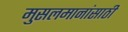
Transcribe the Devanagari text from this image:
मुसलमानांसाठी